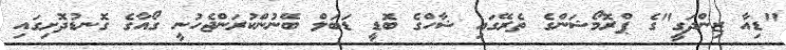
"ޑިއާ ޒިންދަގީ"ގެ ޕްރޮމޯޝަންގެ ތެރޭގައި ޝާހްގެ ބޮޑީ ޑަބަލް ބޭނުންކުރަންޖެހުނީ ގޯއާގެ ގޮނޑުދޮށިގައި